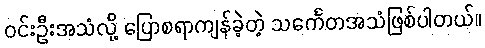
ဝင်းဦးအသံလို့ ပြောစရာကျန်ခဲ့တဲ့ သင်္ကေတအသံဖြစ်ပါတယ်။